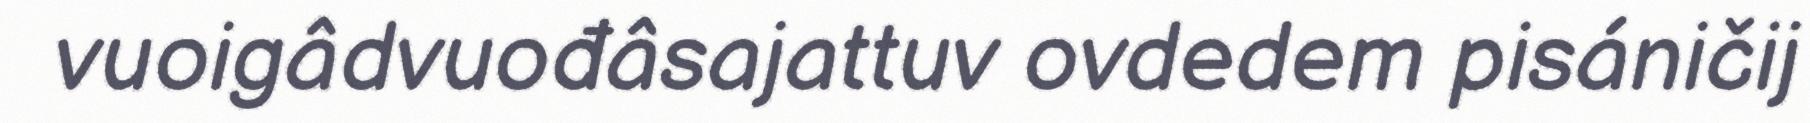
vuoigâdvuođâsajattuv ovdedem pisáničij